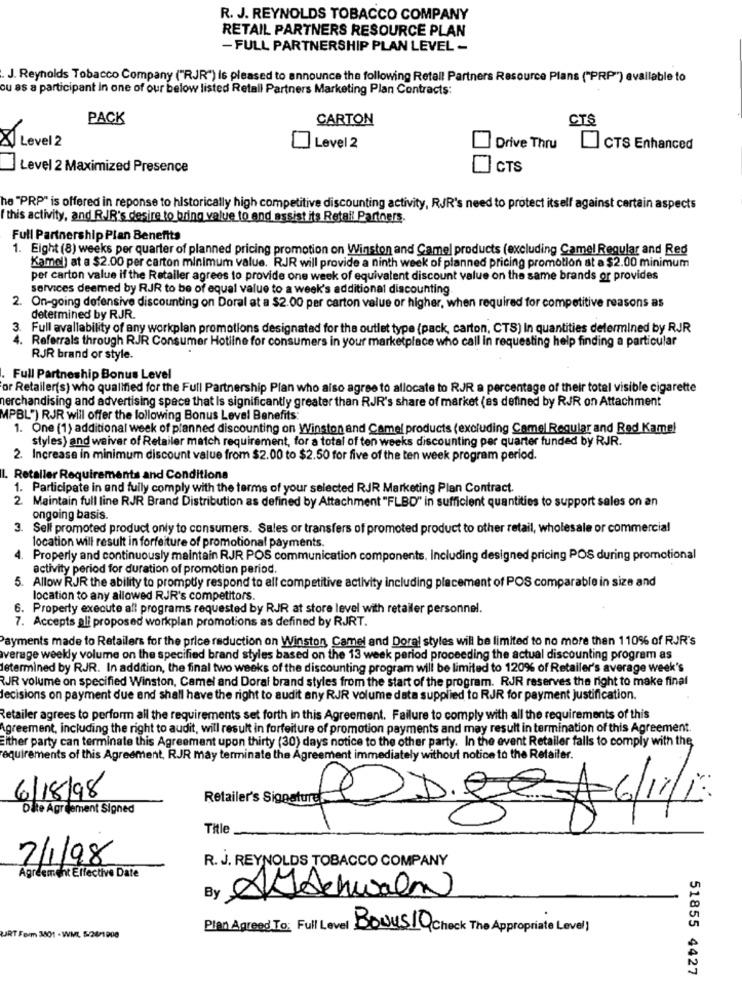
R. J. REYNOLDS TOBACCO COMPANY
RETAIL PARTNERS RESOURCE PLAN
- FULL PARTNERSHIP PLAN LEVEL -
J. Reynolds Tobacco Company ("RJR") is pleased to announce the following Retall Partners Resource Plans ("PRP") available to
ou as a participant In one of our below listed Retall Partners Marketing Plan Contracts:
PACK
CARTON
CTS
8 Level 2
Level 2
Drive Thru
CTS Enhanced
Level 2 Maximized Presence
CTS
he "PRP" is offered in reponse to historically high competitive discounting activity, RJR's need to protect itself against certain aspects
( this activity, and R.JR's desire to bring value to and assist its Retail Partners.
Full Partnership Plan Benefits
1. Eight (8) weeks per quarter of planned pricing promotion on Winston and Camel products (excluding Camel Regular and Red
Kamel) at a $2.00 per carton minimum value. RJR will provide a ninth week of planned pricing promotion at a $2.00 minimum
per carton value if the Retailer agrees to provide one week of equivalent discount value on the same brands or provides
services deemed by RJR to be of equal value to a week's additional discounting
2. On-going defensive discounting on Doral at a $2.00 per carton value or higher, when required for competitive reasons as
determined by RJR.
3. Full avallability of any workplan promotions designated for the outlet type (pack, carton, CTS) In quantities determined by RJR
. Referrals through RJR Consumer Hotline for consumers in your marketplace who call in requesting help finding a particular
RJR brand or style.
Full Partneship Bonus Level
or Retailer(s) who qualified for the Full Partnership Plan who also agree to allocate to RJR a percentage of their total visible cigarette
merchandising and advertising space that Is significantly greater than RJR's share of market (as defined by RJR on Attachment
MPBL") RJR will offer the following Bonus Level Benefits:
1. One (1) additional week of planned discounting on Winston and Camel products (excluding Camel Regular and Red Kame!
styles) and waiver of Retailer match requirement, for a total of ten weeks discounting per quarter funded by RJR.
2. Increase in minimum discount value from $2.00 to $2.50 for five of the ten week program period.
I. Retailer Requirements and Conditions
1. Participate in and fully comply with the terms of your selected RJR Marketing Plan Contract.
2. Maintain full line RJR Brand Distribution as defined by Attachment "FLBD" in sufficient quantities to support sales on an
ongoing basis.
3. Self promoted product only to consumers. Sales or transfers of promoted product to other retail, wholesale or commercial
location will result in forfeiture of promotional payments.
4.
Properly and continuously maintain RJR POS communication components, Including designed pricing POS during promotional
activity period for duration of promotion period.
. Allow RJR the ability to promptly respond to all competitive activity including placement of POS comparable in size and
location to any allowed RJR's competitors.
6. Property execute all programs requested by RJR at store level with retailer personnel.
7. Accepts ali proposed workplan promotions as defined by RJRT.
Payments made to Retailers for the price reduction on Winston, Camel and Doral styles will be limited to no more than 110% of RJR's
average weekly volume on the specified brand styles based on the 13 week period proceeding the actual discounting program as
determined by RJR. In addition, the final two weeks of the discounting program will be limited to 120% of Retailer's average week's
RJR volume on specified Winston, Camel and Doral brand styles from the start of the program. RJR reserves the right to make final
decisions on payment due and shall have the right to audit any RJR volume data supplied to RJR for payment justification.
Retailer agrees to perform all the requirements set forth in this Agreement. Failure to comply with all the requirements of this
Agreement, including the right to audit, will result in forfeiture of promotion payments and may result in termination of this Agreement.
Either party can terminate this Agreement upon thirty (30) days notice to the other party. In the event Retailer falls to comply with the
requirements of this Agreement, RJR may terminate the Agreement immediately without notice to the Retailer.
21.eg
6/18/98
Retailer's Signature
Dite Agreement Signed
Title
7/1/98
R. J. REYNOLDS TOBACCO COMPANY
Agreement Effective Date
By
AJAchwaln
Plan Agreed To: Ful Level Bonus10 Check The Appropriate Level]
URT Form 3801 - WML. 5-28/1 200
51855 4427